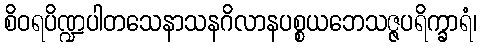
စိဝရပိဏ္ဍပါတသေနာသနဂိလာနပစ္စယဘေသဇ္ဇပရိက္ခာရံ၊